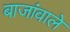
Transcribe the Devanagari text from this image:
बाजांवाले